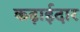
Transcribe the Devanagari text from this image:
कढ़ाईदार